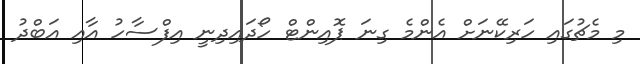
މި މެޗުގައި ހަރިކޭނަށް އެންމެ ގިނަ ޕޮއިންޓް ހޯދައިދިނީ އިފްސާހު އާއި އަބްދު